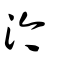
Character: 汵